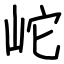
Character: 岮